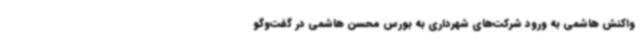
واکنش هاشمی به ورود شرکت‌های شهرداری به بورس محسن هاشمی در گفت‌وگو